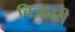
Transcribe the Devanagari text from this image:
चित्र्कारी